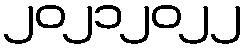
၂၀၂၁၂၀၂၂